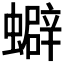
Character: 𧓄